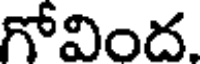
గోవింద.